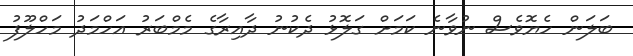
ބަލަން ހެޔޮވެސް ނުވާނެ ކަމަށް ގަލޮޅު ދެކުނު ދާއިރާގެ މެމްބަރު އަހްމަދު މަހްލޫފު